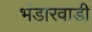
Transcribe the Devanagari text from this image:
भंडारवाडी